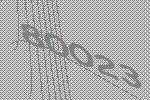
80023